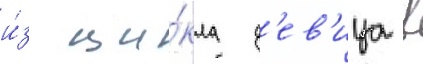
и́з ци́кла д'ев'ица в